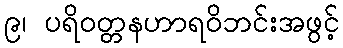
၉၊ ပရိဝတ္တနဟာရဝိဘင်းအဖွင့်